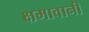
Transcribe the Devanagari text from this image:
क्षमावानी